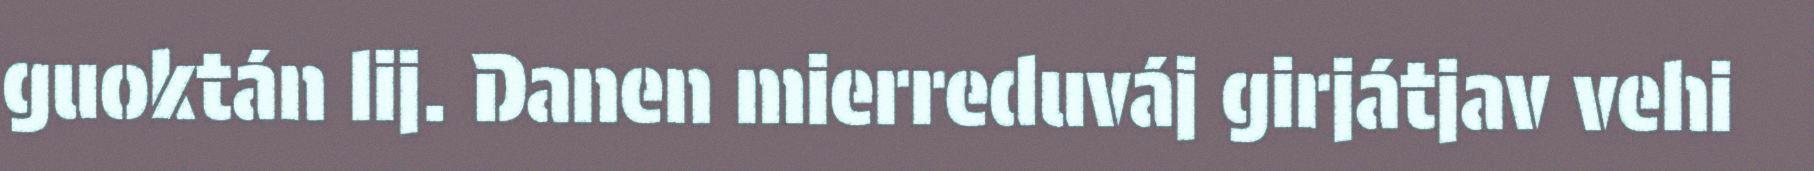
guoktán lij. Danen mierreduváj girjátjav vehi